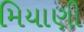
મિયાણી